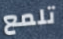
تلمع